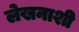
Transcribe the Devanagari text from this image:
लेखनाशी